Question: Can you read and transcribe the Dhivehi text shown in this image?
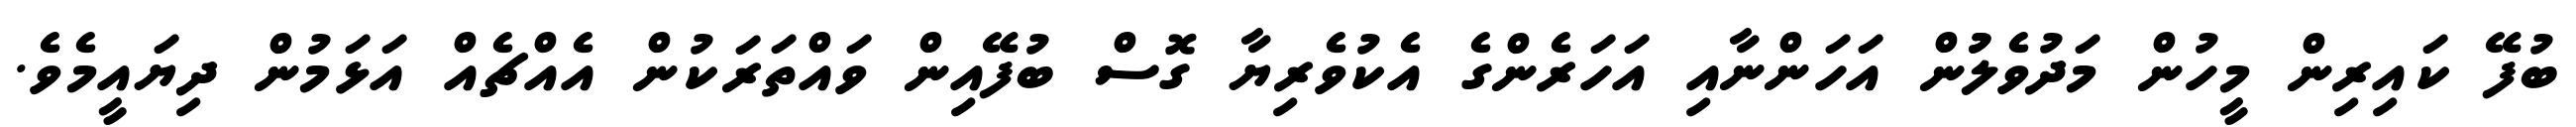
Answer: ބުފޭ ކައިރިން މީހުން މަދުވެލުުން އަހަންނާއި އަހަރެންގެ އެކުވެރިޔާ ގޮސް ބުފޭއިން ވައްތަރަކުން އެއްޗެއް އަޅަމުން ދިޔައީމެވެ.